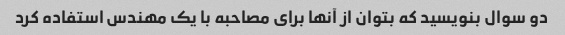
دو سوال بنویسید که بتوان از آنها برای مصاحبه با یک مهندس استفاده کرد